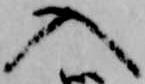
入